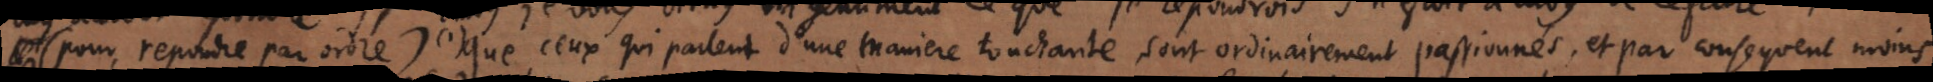
(pour repondre par ordre) (1) que ceux qui parlent d’une maniere touchante sont ordinairement passionnés, et par consequent moins